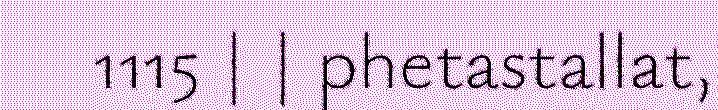
1115 | | phetastallat,